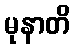
မုနာတိ